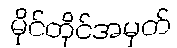
မိုင်တိုင်အမှတ်